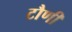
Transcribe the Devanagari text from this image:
टौणी